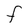
Character: F